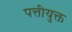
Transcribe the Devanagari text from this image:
पत्तीयुक्त